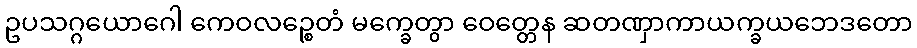
ဥပသဂ္ဂယောဂေါ ကေဝလဉ္စေတံ မက္ခေတွာ ဝေတ္တေန ဆတဏှာကာယက္ခယဘေဒတော